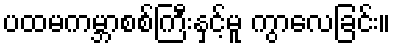
ပထမကမ္ဘာစစ်ကြီးနှင့်မူ ကွာလေခြင်း။